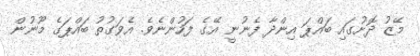
މޭޒު ދޮށުގައި ބައްޕަ އިންދާ ފެނުނީ އޭގެ ފަހުންނެވެ. އެވަގުތު ބައްޕަގެ މޫނުން